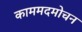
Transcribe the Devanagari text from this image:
काममदमोचन